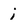
Character: i